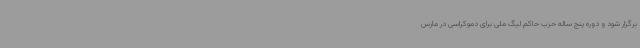
برگزار شود و دوره پنج ساله حزب حاکم لیگ ملی برای دموکراسی در مارس